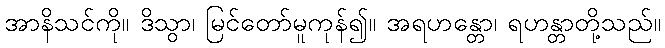
အာနိသင်ကို။ ဒိသွာ၊ မြင်တော်မူကုန်၍။ အရဟန္တော၊ ရဟန္တာတို့သည်။